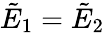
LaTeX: \tilde{E}_{1}=\tilde{E}_{2}